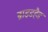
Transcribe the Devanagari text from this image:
ब्राइडहैड